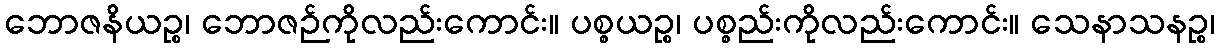
ဘောဇနိယဉ္စ၊ ဘောဇဉ်ကိုလည်းကောင်း။ ပစ္စယဉ္စ၊ ပစ္စည်းကိုလည်းကောင်း။ သေနာသနဉ္စ၊